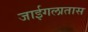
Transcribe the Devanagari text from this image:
जाईगलातास